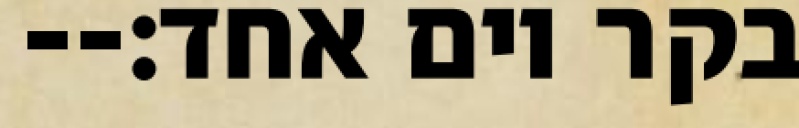
בקר יום אחד׃--